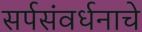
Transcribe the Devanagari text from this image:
सर्पसंवर्धनाचे